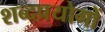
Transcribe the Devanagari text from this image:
शब्दप्रयोगों